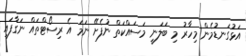
އަޅުގަނޑުމެން މިހާރު މި ބަލަނީ މަސައްކަތް ނުފެށޭ ނަމަ އެ ރިސޯޓްތައް ނަގާފައި